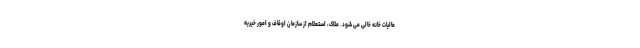
مالیات خانه خالی می شود. ملاک، استعلام از سازمان اوقاف و امور خیریه